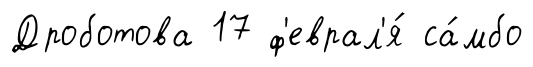
Дроботова 17 ф'еврал'я́ са́мбо